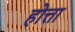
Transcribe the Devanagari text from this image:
होत्ता